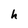
Character: h